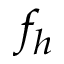
f _ { h }